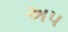
અપ